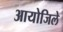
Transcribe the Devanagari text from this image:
आयोजिले